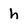
Character: h